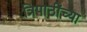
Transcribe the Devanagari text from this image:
त्रिपाठींच्या